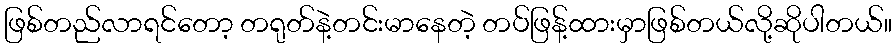
ဖြစ်တည်လာရင်တော့ တရုတ်နဲ့တင်းမာနေတဲ့ တပ်ဖြန့်ထားမှာဖြစ်တယ်လို့ဆိုပါတယ်။